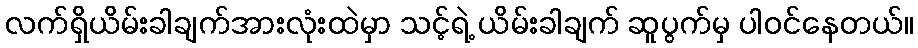
လက်ရှိယိမ်းခါချက်အားလုံးထဲမှာ သင့်ရဲ့ ယိမ်းခါချက် ဆူပွက်မှ ပါဝင်နေတယ်။